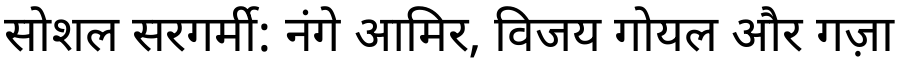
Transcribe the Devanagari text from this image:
सोशल सरगर्मी: नंगे आमिर, विजय गोयल और गज़ा